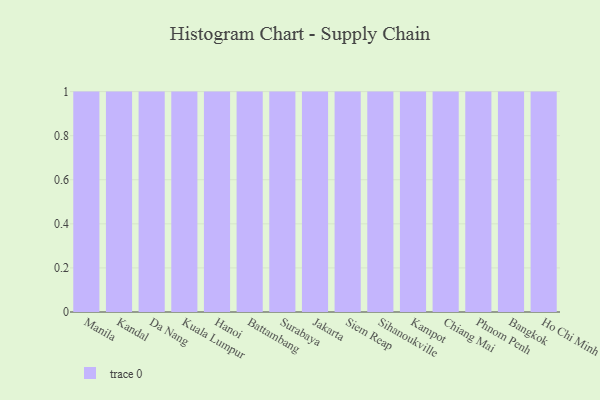
{"axis": {"x": "City", "y": "LTV (USD)"}, "legend": [""], "data": [{"x": "Manila", "y": 60, "type": ""}, {"x": "Kandal", "y": 90, "type": ""}, {"x": "Da Nang", "y": 45, "type": ""}, {"x": "Kuala Lumpur", "y": 3, "type": ""}, {"x": "Hanoi", "y": 93, "type": ""}, {"x": "Battambang", "y": 19, "type": ""}, {"x": "Surabaya", "y": 18, "type": ""}, {"x": "Jakarta", "y": 55, "type": ""}, {"x": "Siem Reap", "y": 88, "type": ""}, {"x": "Sihanoukville", "y": 74, "type": ""}, {"x": "Kampot", "y": 73, "type": ""}, {"x": "Chiang Mai", "y": 4, "type": ""}, {"x": "Phnom Penh", "y": 45, "type": ""}, {"x": "Bangkok", "y": 99, "type": ""}, {"x": "Ho Chi Minh City", "y": 69, "type": ""}]}